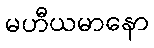
မဟီယမာနော